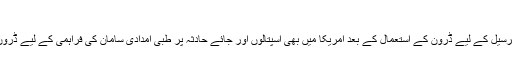
فوٹو : انٹرنیٹ
ٹیکساس: یونیسیف کی جانب سے ویکسی نیشن کی ترسیل کے لیے ڈرون کے استعمال کے بعد امریکا میں بھی اسپتالوں اور جائے حادثہ پر طبی امدادی سامان کی فراہمی کے لیے ڈرون کو اُڑانے کی اجازت دینے کا فیصلہ کرلیا گیا ہے۔